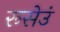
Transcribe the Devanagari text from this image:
रूसेउं